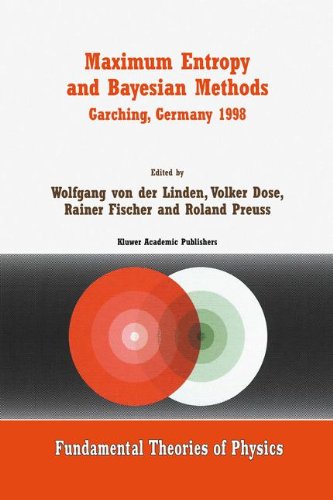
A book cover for Maximum Entropy and Bayesian Methods Garching, Germany 1998: Proceedings of the 18th International Workshop on Maximum Entropy and Bayesian Methods of ... Analysis (Fundamental Theories of Physics); Science & Math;